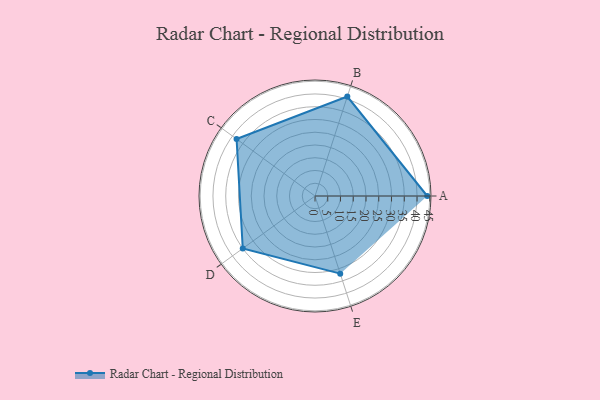
{"axis": {"x": "Skill", "y": "Score"}, "legend": ["Profile"], "data": [{"x": "A", "y": 44.0, "type": "Profile"}, {"x": "B", "y": 41.0, "type": "Profile"}, {"x": "C", "y": 38.0, "type": "Profile"}, {"x": "D", "y": 35.0, "type": "Profile"}, {"x": "E", "y": 32.0, "type": "Profile"}]}